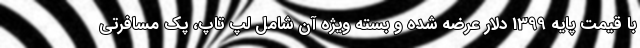
با قیمت پایه 1399 دلار عرضه شده و بسته ویژه آن شامل لپ تاپ، پک مسافرتی